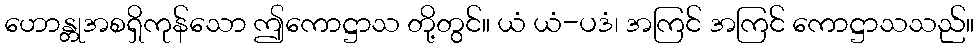
ဟောန္တုအစရှိကုန်သော ဤကောဋ္ဌာသ တို့တွင်။ ယံ ယံ-ပဒံ၊ အကြင် အကြင် ကောဋ္ဌာသသည်။